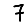
Digit: 7